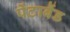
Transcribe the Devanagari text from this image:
पेंटाबैंड